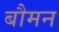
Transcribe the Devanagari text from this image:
बौमन